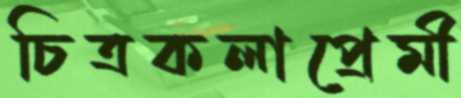
চিত্রকলাপ্রেমী